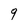
Character: 9